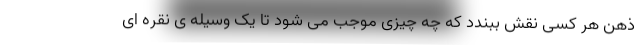
ذهن هر کسی نقش ببندد که چه چیزی موجب می شود تا یک وسیله ی نقره ای